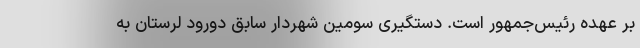
بر عهده رئیس‌جمهور است. دستگیری سومین شهردار سابق دورود لرستان به